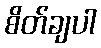
စိတ်ချပါ